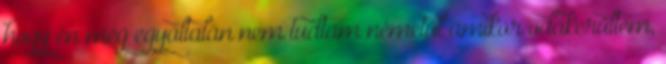
hogy én még egyáltalán nem tudtam németül amikor odakerültem,